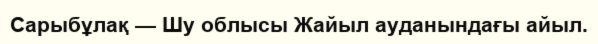
Сарыбұлақ — Шу облысы Жайыл ауданындағы айыл.